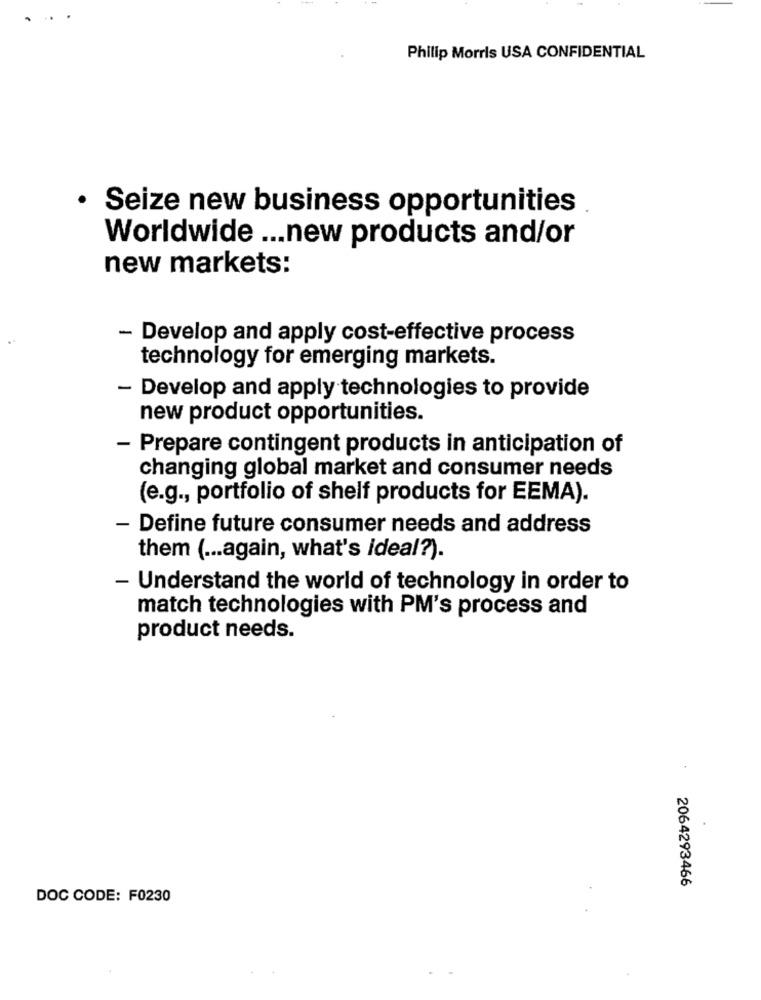
Philip Morris USA CONFIDENTIAL
Seize new business opportunities
Worldwide ... new products and/or
new markets:
- Develop and apply cost-effective process
technology for emerging markets.
- Develop and apply technologies to provide
new product opportunities.
- Prepare contingent products in anticipation of
changing global market and consumer needs
(e.g ., portfolio of shelf products for EEMA).
- Define future consumer needs and address
them ( ... again, what's ideal?).
- Understand the world of technology in order to
match technologies with PM's process and
product needs.
2064293466
DOC CODE: F0230